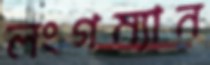
লংগম্যান